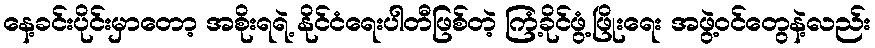
နေ့ခင်းပိုင်းမှာတော့ အစိုးရရဲ့ နိုင်ငံရေးပါတီဖြစ်တဲ့ ကြံ့ခိုင်ဖွံ့ဖြိုးရေး အဖွဲ့ဝင်တွေနဲ့လည်း